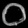
Digit: ၀